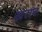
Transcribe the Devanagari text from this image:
ख्नराब